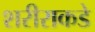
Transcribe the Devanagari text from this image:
शरीराकडे